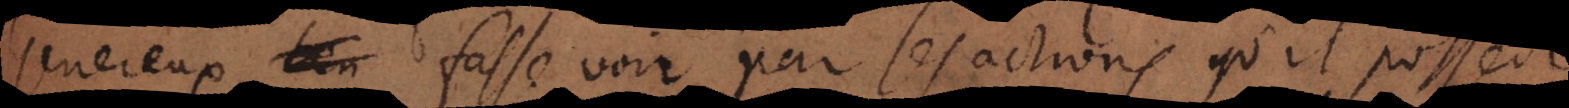
Genereux fasse voir par ses actions une